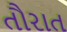
તૌરાત